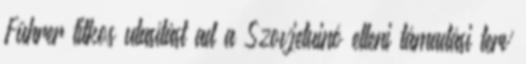
Führer titkos utasítást ad a Szovjetuinó elleni támadási terv